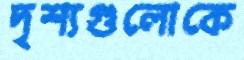
দৃশ্যগুলোকে